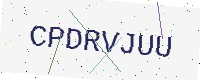
Text: CPDRVJUU